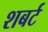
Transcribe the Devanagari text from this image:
शबर्ट